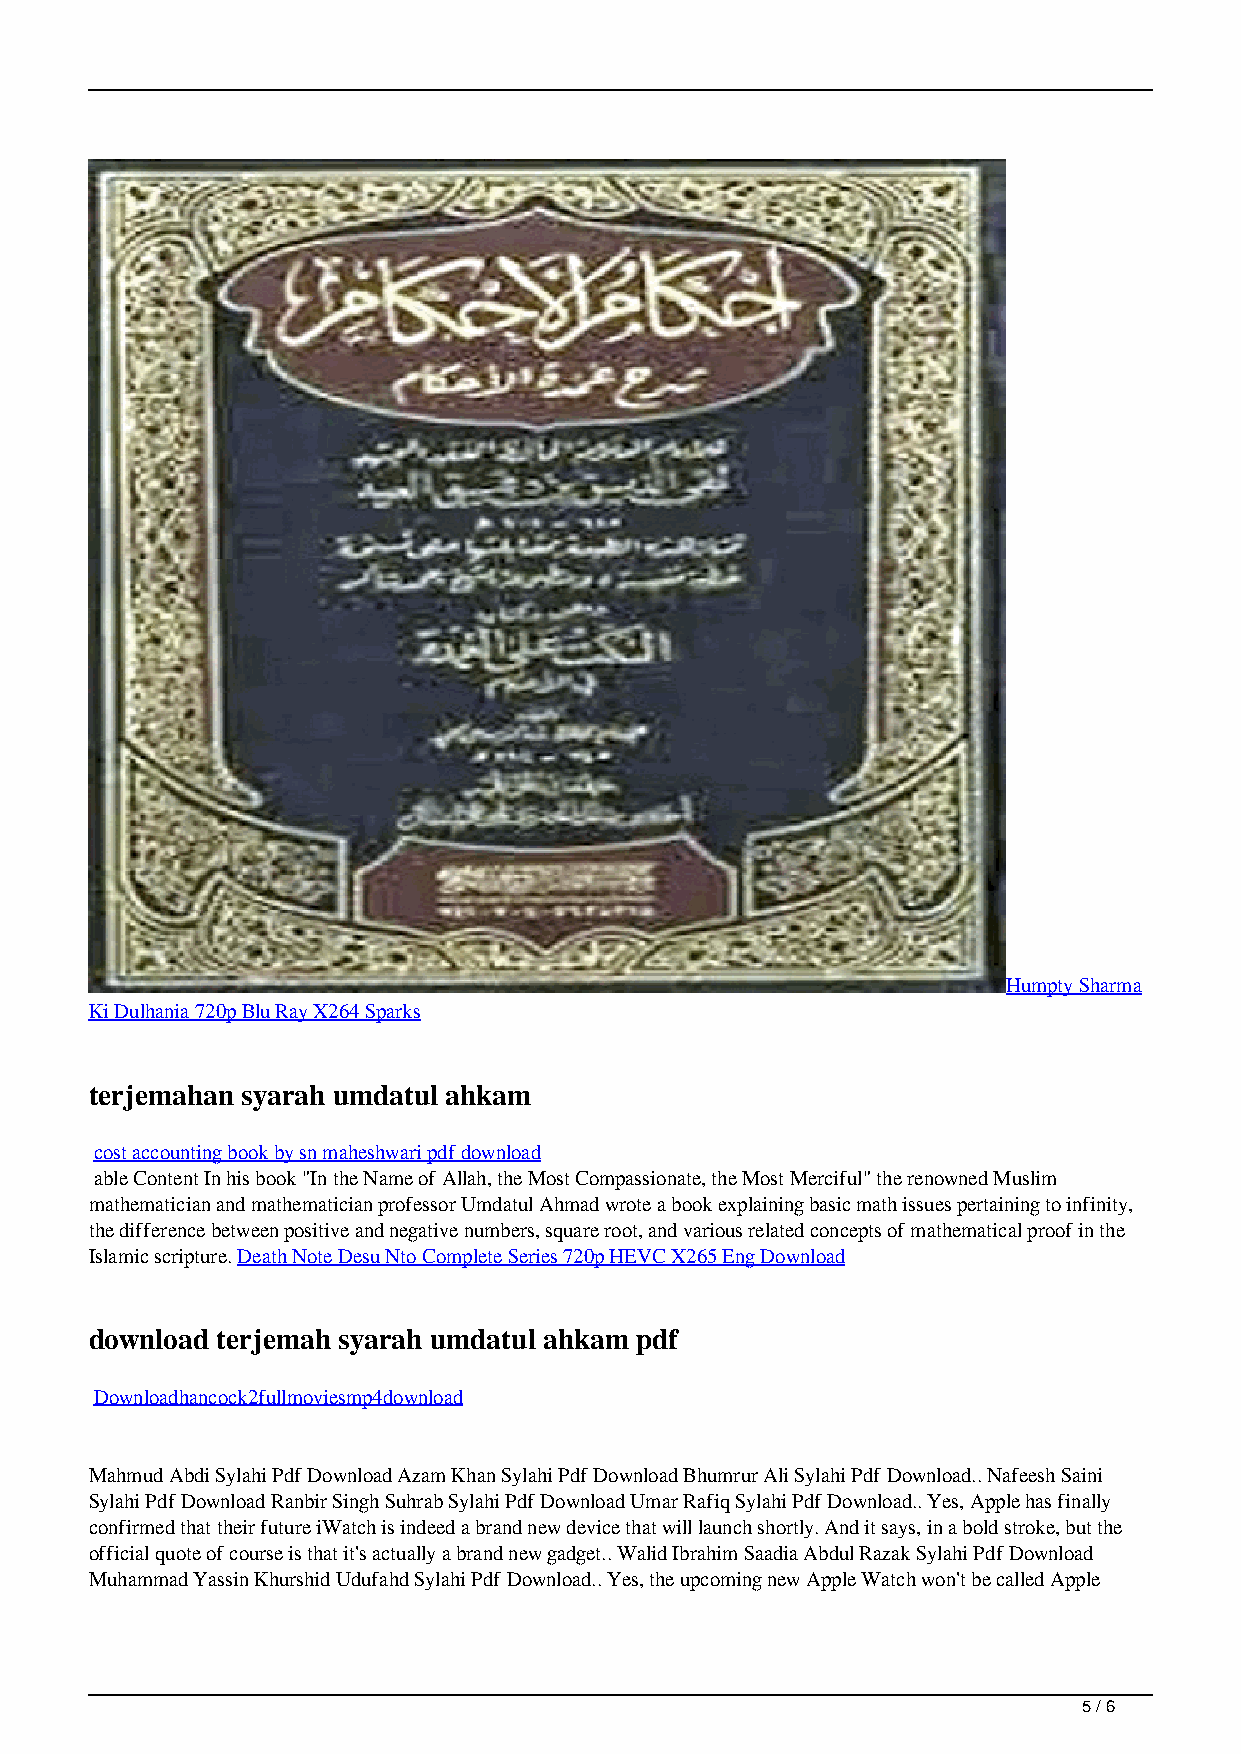
Humpty Sharma
 Ki Dulhania 720p Blu Ray X264 Sparks
 terjemahan syarah umdatul ahkam
 cost accounting book by sn maheshwari pdf download
 able Content In his book "In the Name of Allah, the Most Compassionate, the Most Merciful" the renowned Muslim
 mathematician and mathematician professor Umdatul Ahmad wrote a book explaining basic math issues pertaining to infinity,
 the difference between positive and negative numbers, square root, and various related concepts of mathematical proof in the
 Islamic scripture. Death Note Desu Nto Complete Series 720p HEVC X265 Eng Download
 download terjemah syarah umdatul ahkam pdf
 Downloadhancock2fullmoviesmp4download
 Mahmud Abdi Sylahi Pdf Download Azam Khan Sylahi Pdf Download Bhumrur Ali Sylahi Pdf Download.. Nafeesh Saini
 Sylahi Pdf Download Ranbir Singh Suhrab Sylahi Pdf Download Umar Rafiq Sylahi Pdf Download.. Yes, Apple has finally
 confirmed that their future iWatch is indeed a brand new device that will launch shortly. And it says, in a bold stroke, but the
 official quote of course is that it's actually a brand new gadget.. Walid Ibrahim Saadia Abdul Razak Sylahi Pdf Download
 Muhammad Yassin Khurshid Udufahd Sylahi Pdf Download.. Yes, the upcoming new Apple Watch won't be called Apple
 5 / 6